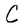
Character: C